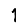
Digit: 1